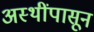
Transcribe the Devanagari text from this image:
अस्थींपासून